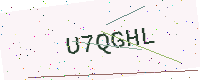
Text: U7QGHL